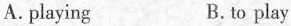
A.playing B.to play